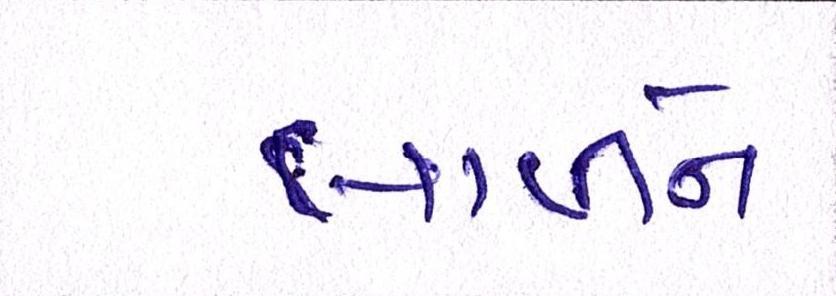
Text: લાવીને